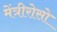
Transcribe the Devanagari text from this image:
मेंत्रीरोसो